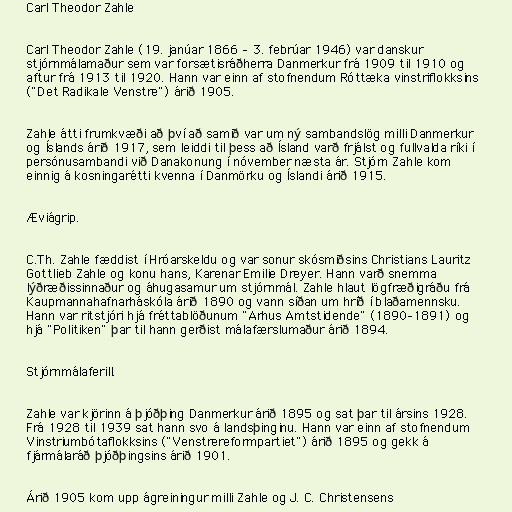
Carl Theodor Zahle

Carl Theodor Zahle (19. janúar 1866 – 3. febrúar 1946) var danskur
stjórnmálamaður sem var forsætisráðherra Danmerkur frá 1909 til 1910 og
aftur frá 1913 til 1920. Hann var einn af stofnendum Róttæka vinstriflokksins
("Det Radikale Venstre") árið 1905.

Zahle átti frumkvæði að því að samið var um ný sambandslög milli Danmerkur
og Íslands árið 1917, sem leiddi til þess að Ísland varð frjálst og fullvalda ríki í
persónusambandi við Danakonung í nóvember næsta ár. Stjórn Zahle kom
einnig á kosningarétti kvenna í Danmörku og Íslandi árið 1915.

Æviágrip.

C.Th. Zahle fæddist í Hróarskeldu og var sonur skósmiðsins Christians Lauritz
Gottlieb Zahle og konu hans, Karenar Emilie Dreyer. Hann varð snemma
lýðræðissinnaður og áhugasamur um stjórnmál. Zahle hlaut lögfræðigráðu frá
Kaupmannahafnarháskóla árið 1890 og vann síðan um hríð í blaðamennsku.
Hann var ritstjóri hjá fréttablöðunum "Arhus Amtstidende" (1890–1891) og
hjá "Politiken" þar til hann gerðist málafærslumaður árið 1894.

Stjórnmálaferill.

Zahle var kjörinn á þjóðþing Danmerkur árið 1895 og sat þar til ársins 1928.
Frá 1928 til 1939 sat hann svo á landsþinginu. Hann var einn af stofnendum
Vinstriumbótaflokksins ("Venstrereformpartiet") árið 1895 og gekk á
fjármálaráð þjóðþingsins árið 1901.

Árið 1905 kom upp ágreiningur milli Zahle og J. C. Christensens